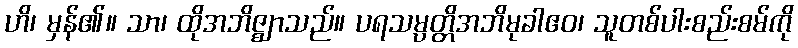
ဟိ၊ မှန်၏။ သာ၊ ထိုအဘိဇ္ဈာသည်။ ပရသမ္ပတ္တိအဘိမုခါဧဝ၊ သူတစ်ပါးစည်းစမ်ကို